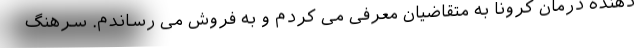
دهنده درمان کرونا به متقاضیان معرفی می کردم و به فروش می رساندم. سرهنگ